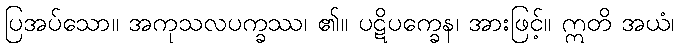
ပြအပ်သော။ အကုသလပက္ခဿ၊ ၏။ ပဋိပက္ခေန၊ အားဖြင့်။ ဣတိ အယံ၊